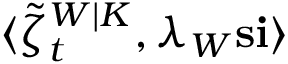
\langle \tilde { \zeta } _ { t } ^ { W | K } , \lambda _ { W } \mathbf { s } \mathbf { i } \rangle